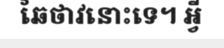
ឆៃថាវនោះទេ។ អ្វី